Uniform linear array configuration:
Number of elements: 64
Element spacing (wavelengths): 1
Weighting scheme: binomial
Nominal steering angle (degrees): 60
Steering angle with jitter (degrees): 61.283
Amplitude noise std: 0.05
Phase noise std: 0.05

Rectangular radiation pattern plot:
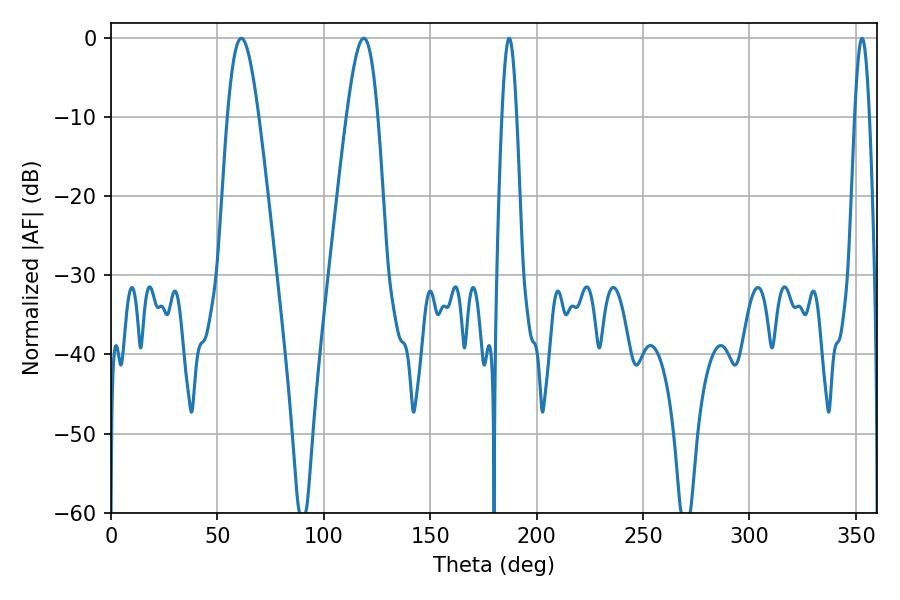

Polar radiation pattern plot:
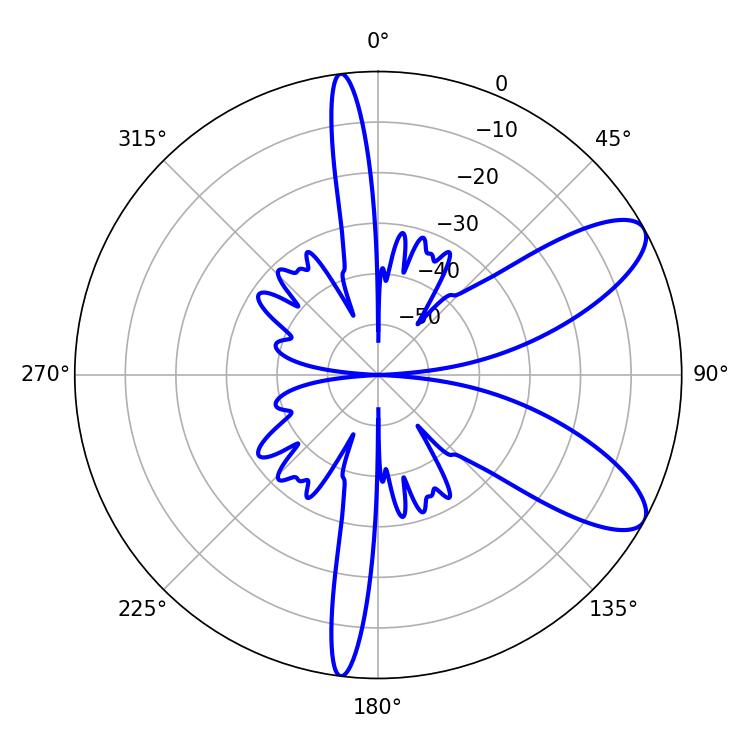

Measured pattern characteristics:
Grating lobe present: TRUE
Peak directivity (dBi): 9.085
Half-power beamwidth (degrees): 7.74
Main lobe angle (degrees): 118.8